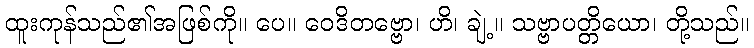
ထူးကုန်သည်၏အဖြစ်ကို။ ပေ။ ဝေဒိတဗ္ဗော၊ ဟိ၊ ချဲ့။ သဗ္ဗာပတ္တိယော၊ တို့သည်။